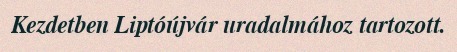
Kezdetben Liptóújvár uradalmához tartozott.